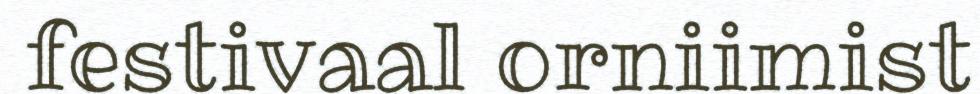
festivaal orniimist